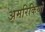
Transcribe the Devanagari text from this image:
अमरिकियों